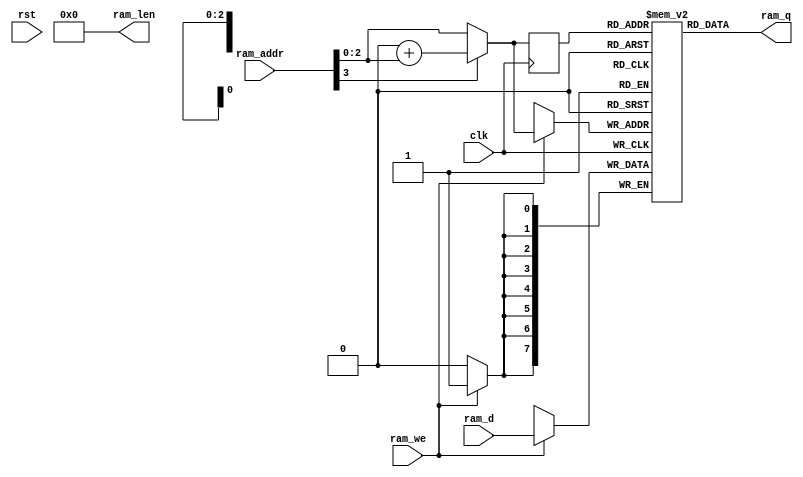
module BidirectionalSinglePortRam #
(
  parameter DATA_WIDTH = 8,
  parameter ADDR_WIDTH = 4,
  parameter RAM_LENGTH = 16,
  parameter RAM_DEPTH = 1 << (ADDR_WIDTH-1)
)
(
  input clk,
  input rst,
  input [ADDR_WIDTH-1:0] ram_addr,
  input [DATA_WIDTH-1:0] ram_d,
  input ram_we,
  output [DATA_WIDTH-1:0] ram_q,
  output [ADDR_WIDTH-1:0] ram_len
);
  reg [DATA_WIDTH-1:0] mem [0:RAM_DEPTH-1];
  reg [ADDR_WIDTH-1:0] read_addr;

  /*
  integer i;
  initial begin
    for (i = 0; i < RAM_DEPTH; i = i + 1)
      mem[i] = 0;
  end
  */
  function [ADDR_WIDTH-1:0] address (
    input [ADDR_WIDTH-1:0] in_addr
  );
  begin
    if (in_addr[ADDR_WIDTH-1] == 1'b1) begin
      address = RAM_LENGTH + in_addr;
  end else begin
      address = in_addr;
    end
  end
  endfunction // address
  wire [ADDR_WIDTH-1:0] a;
  assign a = address(ram_addr);
  assign ram_q = mem[read_addr];
  assign ram_len = RAM_LENGTH;
  always @ (posedge clk) begin
    if (ram_we)
      mem[a] <= ram_d;
  read_addr <= a;
  end
endmodule